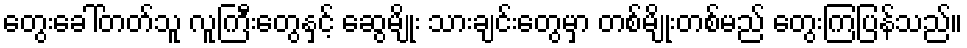
တွေးခေါ်တတ်သူ လူကြီးတွေနှင့် ဆွေမျိုး သားချင်းတွေမှာ တစ်မျိုးတစ်မည် တွေးကြပြန်သည်။